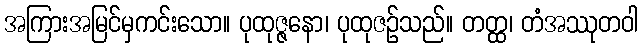
အကြားအမြင်မှကင်းသော။ ပုထုဇ္ဇနော၊ ပုထုဇဉ်သည်။ တတ္ထ၊ တံအဿုတဝါ